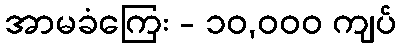
အာမခံကြေး - ၁၀,၀၀၀ ကျပ်